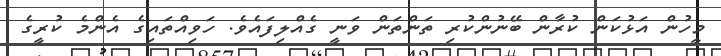
މީހުން އަޅުކަން ކުރާން ބޭނުންކުރި ތަންތަން ވަނީ ގެއްލިފައެވެ. ހަވިއްތައިގެ އެންމެ ކުރީގެ